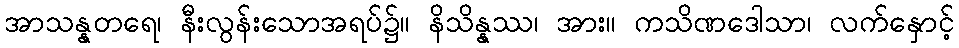
အာသန္နတရေ၊ နီးလွန်းသောအရပ်၌။ နိသိန္နဿ၊ အား။ ကသိဏဒေါသာ၊ လက်နှောင့်